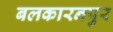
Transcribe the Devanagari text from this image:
बलकारनपुर